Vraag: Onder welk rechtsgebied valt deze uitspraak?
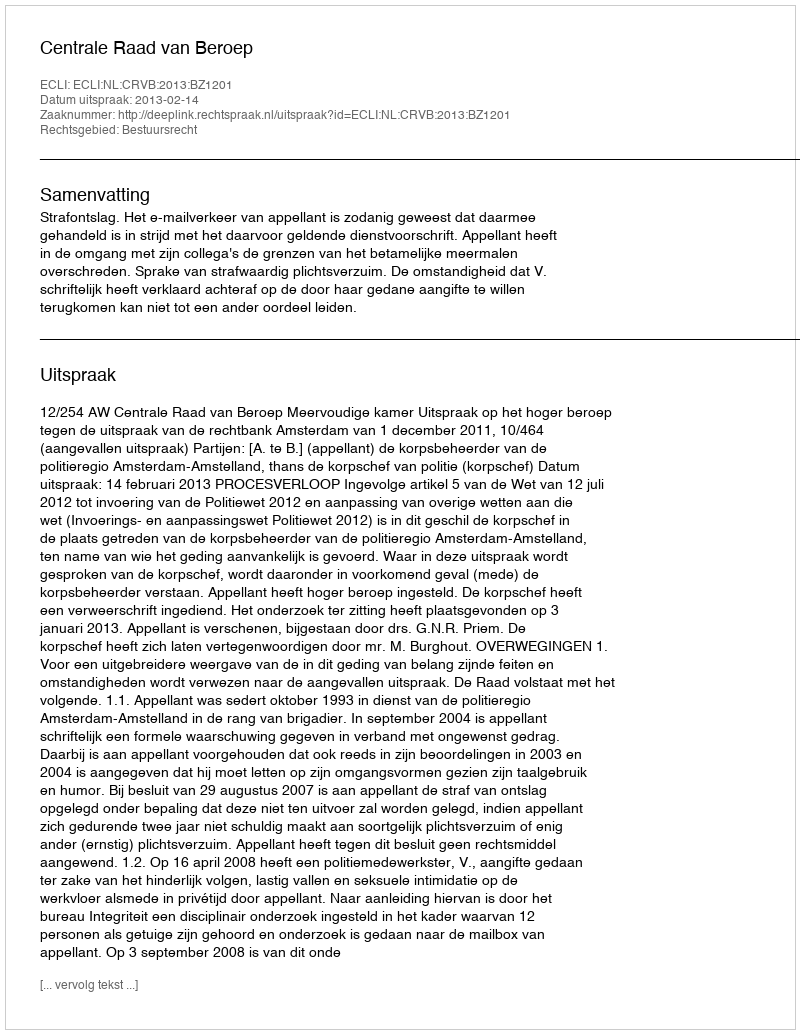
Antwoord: Bestuursrecht